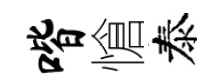
喈愴泰